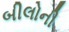
બીલોની